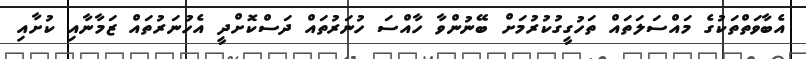
އެބާވަތްތަކުގެ މައްސަލަތައް ތަހުގީގުކުރުމަށް ބޭނުންވާ ހާއްސަ ހުނަރުތައް ދަސްކޮށްދީ އެހުނަރުތައް ޒަމާނާއި ކުށާއި